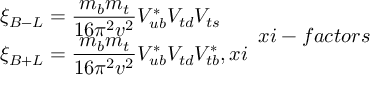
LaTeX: \begin{array} { l } { { \displaystyle \xi _ { B - L } = \frac { m _ { b } m _ { t } } { 1 6 \pi ^ { 2 } v ^ { 2 } } V _ { u b } ^ { * } V _ { t d } V _ { t s } \nonumber } } \\ { { \displaystyle \xi _ { B + L } = \frac { m _ { b } m _ { t } } { 1 6 \pi ^ { 2 } v ^ { 2 } } V _ { u b } ^ { * } V _ { t d } V _ { t b } ^ { * } , \l { x i } } } \end{array} \l { x i - f a c t o r s }